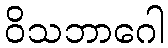
ဝိသဘာဂေါ